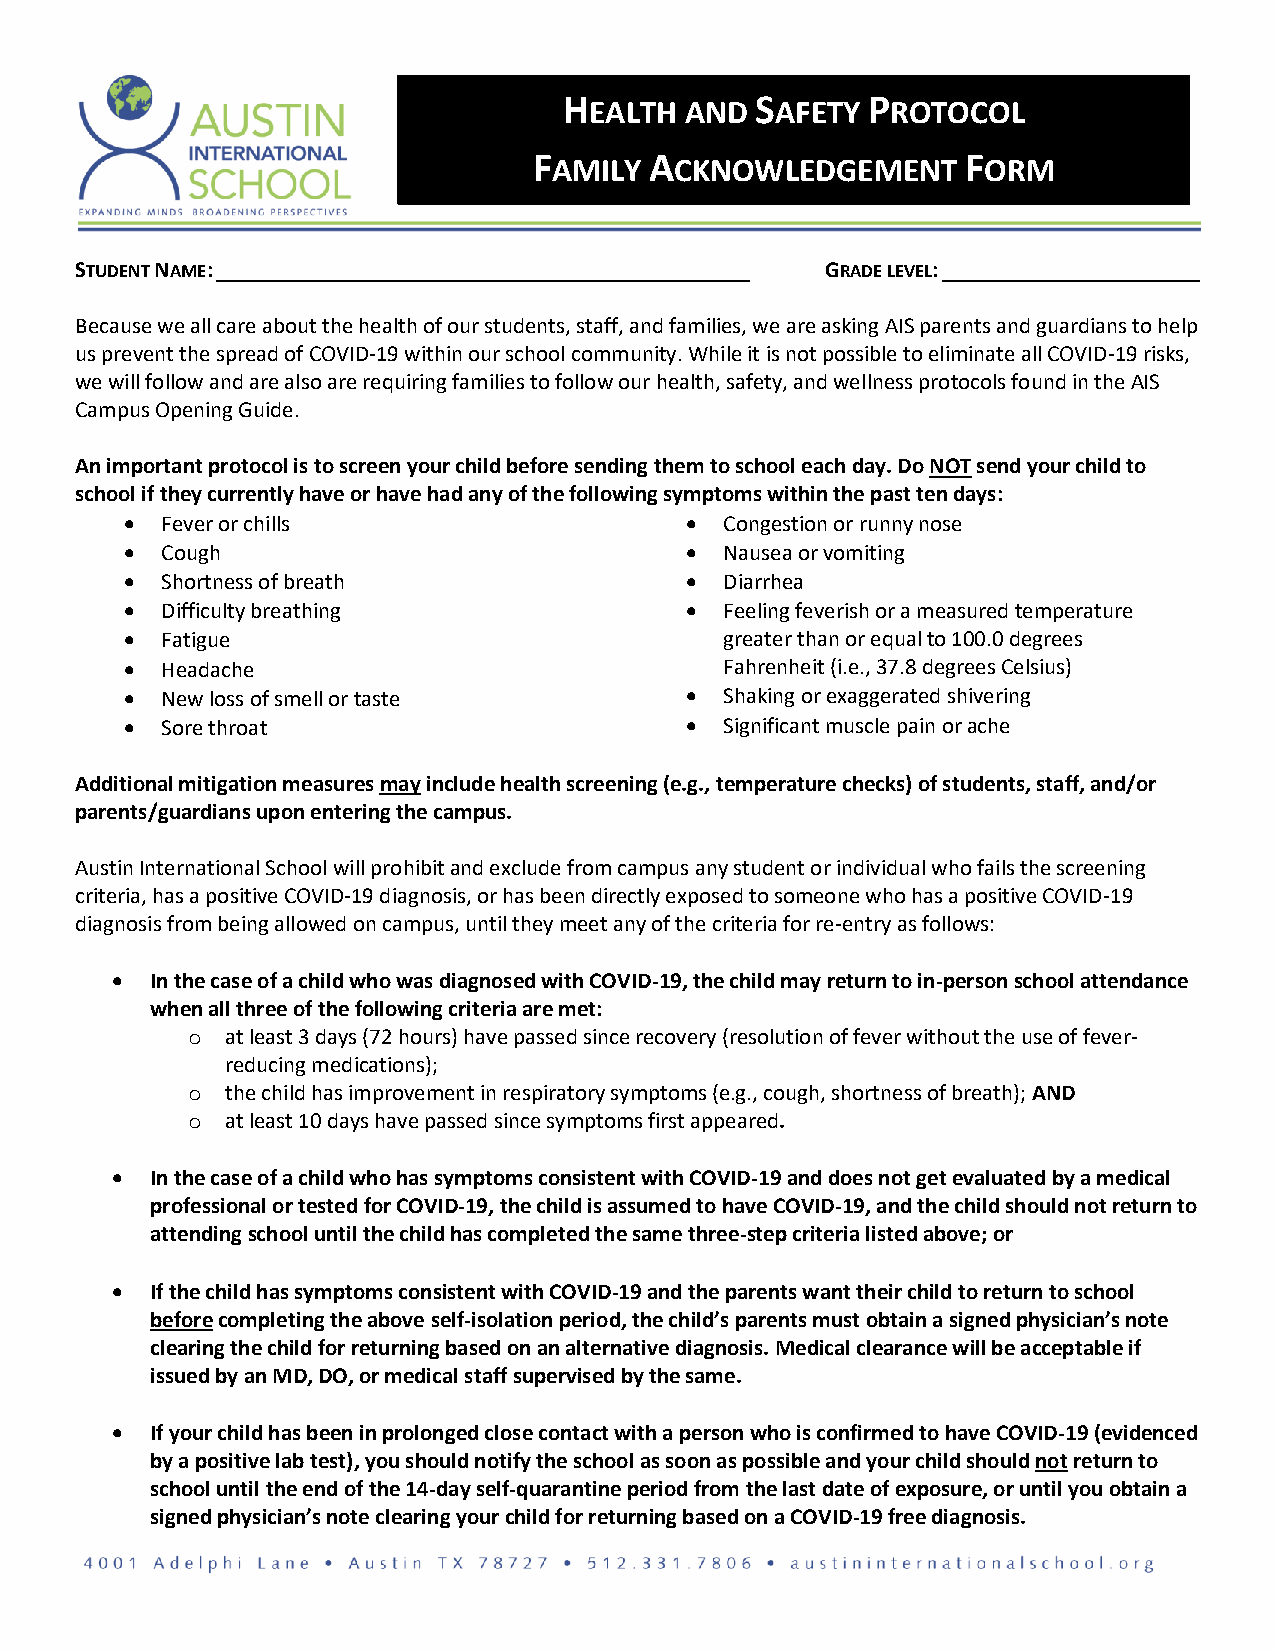
H            S      P
 EALTH AND   AFETY   ROTOCOL
 F       A                    F
 AMILY   CKNOWLEDGEMENT      ORM
 STUDENT NAME:                                     GRADE LEVEL:
 Because we all care about the health of our students, staff, and families, we are asking AIS parents and guardians to help
 us prevent the spread of COVID-19 within our school community. While it is not possible to eliminate all COVID-19 risks,
 we will follow and are also are requiring families to follow our health, safety, and wellness protocols found in the AIS
 Campus Opening Guide.
 An important protocol is to screen your child before sending them to school each day. Do NOT send your child to
 school if they currently have or have had any of the following symptoms within the past ten days:
 •  Fever or chills                   •  Congestion or runny nose
 •  Cough                             •  Nausea or vomiting
 •  Shortness of breath               •  Diarrhea
 •  Difficulty breathing              •  Feeling feverish or a measured temperature
 •  Fatigue                              greater than or equal to 100.0 degrees
 •  Headache                             Fahrenheit (i.e., 37.8 degrees Celsius)
 •  New loss of smell or taste        •  Shaking or exaggerated shivering
 •  Sore throat                       •  Significant muscle pain or ache
 Additional mitigation measures may include health screening (e.g., temperature checks) of students, staff, and/or
 parents/guardians upon entering the campus.
 Austin International School will prohibit and exclude from campus any student or individual who fails the screening
 criteria, has a positive COVID-19 diagnosis, or has been directly exposed to someone who has a positive COVID-19
 diagnosis from being allowed on campus, until they meet any of the criteria for re-entry as follows:
 •  In the case of a child who was diagnosed with COVID-19, the child may return to in-person school attendance
 when all three of the following criteria are met:
 o  at least 3 days (72 hours) have passed since recovery (resolution of fever without the use of fever-
 reducing medications);
 o  the child has improvement in respiratory symptoms (e.g., cough, shortness of breath); AND
 o  at least 10 days have passed since symptoms first appeared.
 •  In the case of a child who has symptoms consistent with COVID-19 and does not get evaluated by a medical
 professional or tested for COVID-19, the child is assumed to have COVID-19, and the child should not return to
 attending school until the child has completed the same three-step criteria listed above; or
 •  If the child has symptoms consistent with COVID-19 and the parents want their child to return to school
 before completing the above self-isolation period, the child’s parents must obtain a signed physician’s note
 clearing the child for returning based on an alternative diagnosis. Medical clearance will be acceptable if
 issued by an MD, DO, or medical staff supervised by the same.
 •  If your child has been in prolonged close contact with a person who is confirmed to have COVID-19 (evidenced
 by a positive lab test), you should notify the school as soon as possible and your child should not return to
 school until the end of the 14-day self-quarantine period from the last date of exposure, or until you obtain a
 signed physician’s note clearing your child for returning based on a COVID-19 free diagnosis.